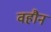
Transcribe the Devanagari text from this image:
वहौन